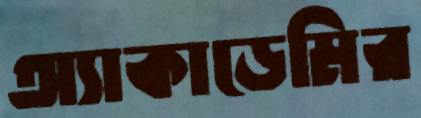
অ্যাকাডেমির